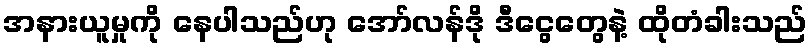
အနားယူမှုကို နေပါသည်ဟု အော်လန်ဒို ဒီငွေတွေနဲ့ ထိုတံခါးသည်